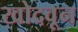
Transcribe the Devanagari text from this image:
खोदवून